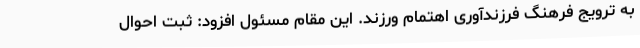
به ترویج فرهنگ فرزندآوری اهتمام ورزند. این مقام مسئول افزود: ثبت احوال